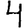
Digit: 4